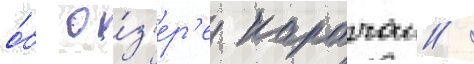
о́б о́з'ер'е карачаи /